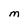
Character: M